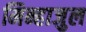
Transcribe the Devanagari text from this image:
मिन्हाजुल